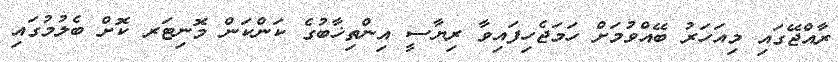
ރާއްޖޭގައި މިއަހަރު ބޭއްވުމަށް ހަމަޖެހިފައިވާ ރިޔާސީ އިންތިޚާބުގެ ކަންކަން މޮނިޓަރ ކޮށް ބެލުމުގައި